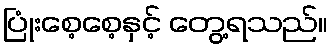
ပြုံးစေ့စေ့နှင့် တွေ့ရသည်။